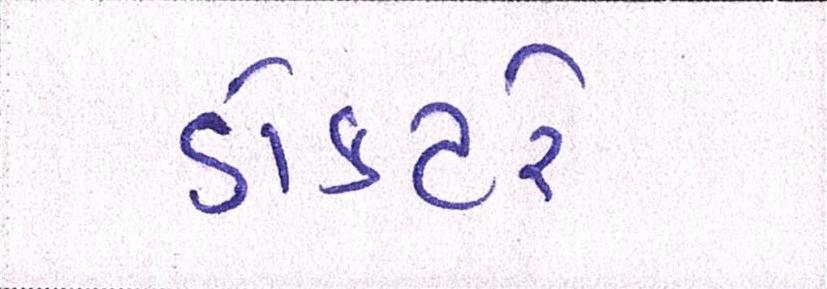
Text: ડોક્ટરે